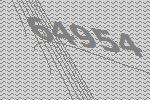
64954